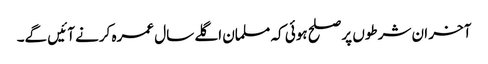
آخر ان شرطوں پر صلح ہوئی کہ مسلمان اگلے سال عمرہ کرنے آئیں گے۔